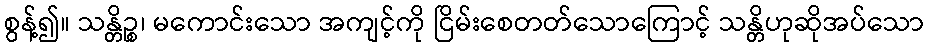
စွန့်၍။ သန္တိဉ္စ၊ မကောင်းသော အကျင့်ကို ငြိမ်းစေတတ်သောကြောင့် သန္တိဟုဆိုအပ်သော